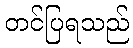
တင်ပြရသည်